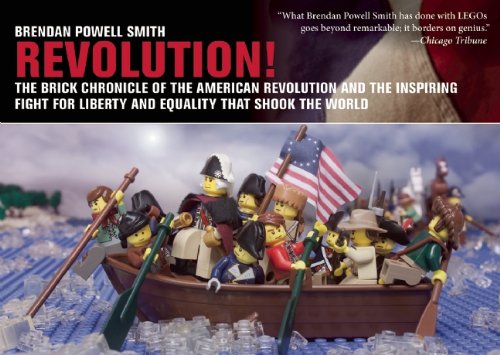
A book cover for Revolution!: The Brick Chronicle of the American Revolution and the Inspiring Fight for Liberty and Equality that Shook the World; Brendan Powell Smith; Children's Books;